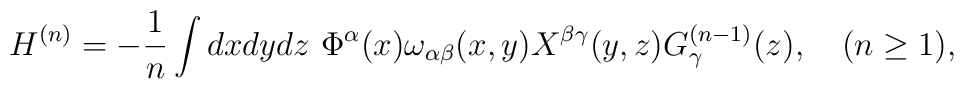
H^{(n)} = -\frac{1}{n} \int dx dy dz~		  \Phi^\alpha(x) \omega_{\alpha\beta}(x,y)		  X^{\beta\gamma}(y,z) G_\gamma^{(n-1)}(z),		  ~~~(n \geq 1),